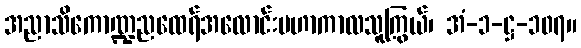
အညာသိကောဏ္ဍညထေရ်အလောင်းမဟာကာလသူကြွယ်၊ အံ-၁-ဋ္ဌ-၁၀၇။